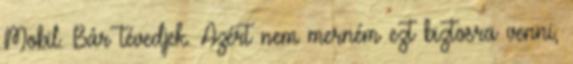
Mobil. Bár tévedjek. Azért nem merném ezt biztosra venni,